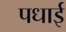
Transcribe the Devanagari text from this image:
पधाई